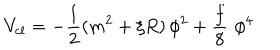
LaTeX: V _ { c l } = - \frac { 1 } { 2 } ( m ^ { 2 } + \xi R ) \, \phi ^ { 2 } + \frac { f } { 8 } \, \, \phi ^ { 4 }